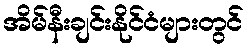
အိမ်နီးချင်းနိုင်ငံများတွင်